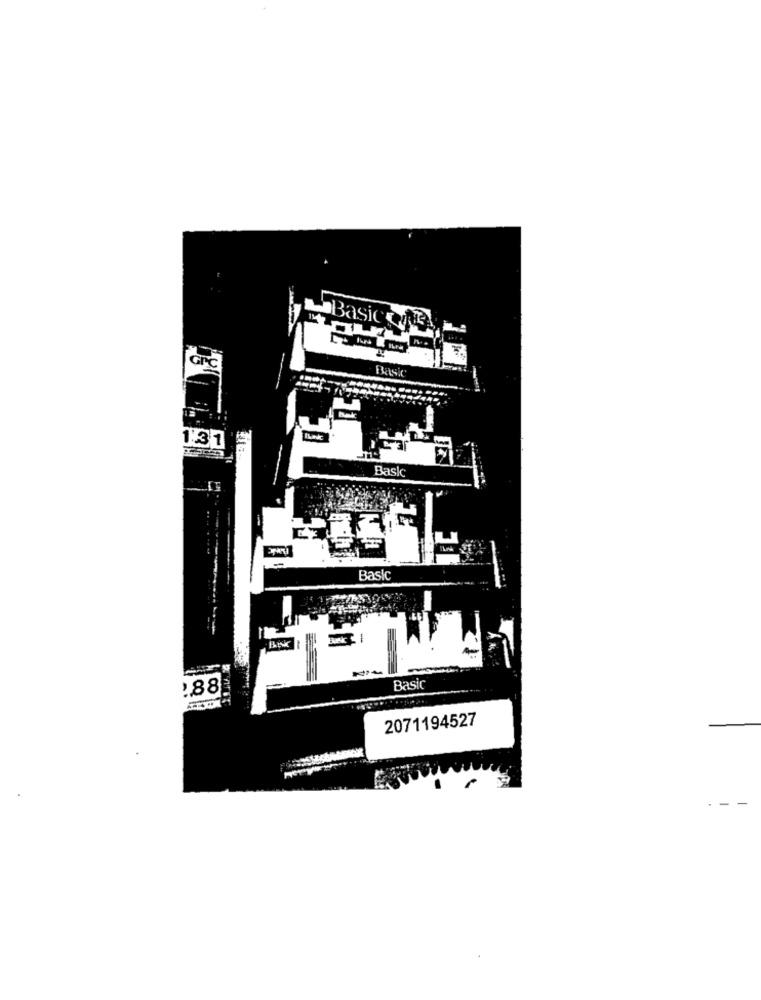
Basicone,
Basic
131
Basic
-
Basic
:88
Basic
2071194527